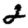
Digit: 2